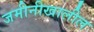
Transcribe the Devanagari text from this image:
जमीनीखालील